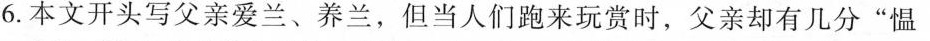
6.本文开头写父亲爱兰、养兰，但当A跑来玩赏时，父亲却有几分“愠